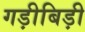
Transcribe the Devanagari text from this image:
गड़ीबिड़ी